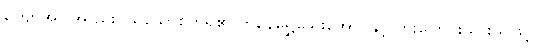
ကျော်အပါအ ညှိုးငယ်သောစိတ်ရှိ၏ ကိုနေရွှေသွေးအောင်နှင့် ကူးပြောင်းသွားသဖြင့်